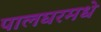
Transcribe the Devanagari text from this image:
पालघरमधे